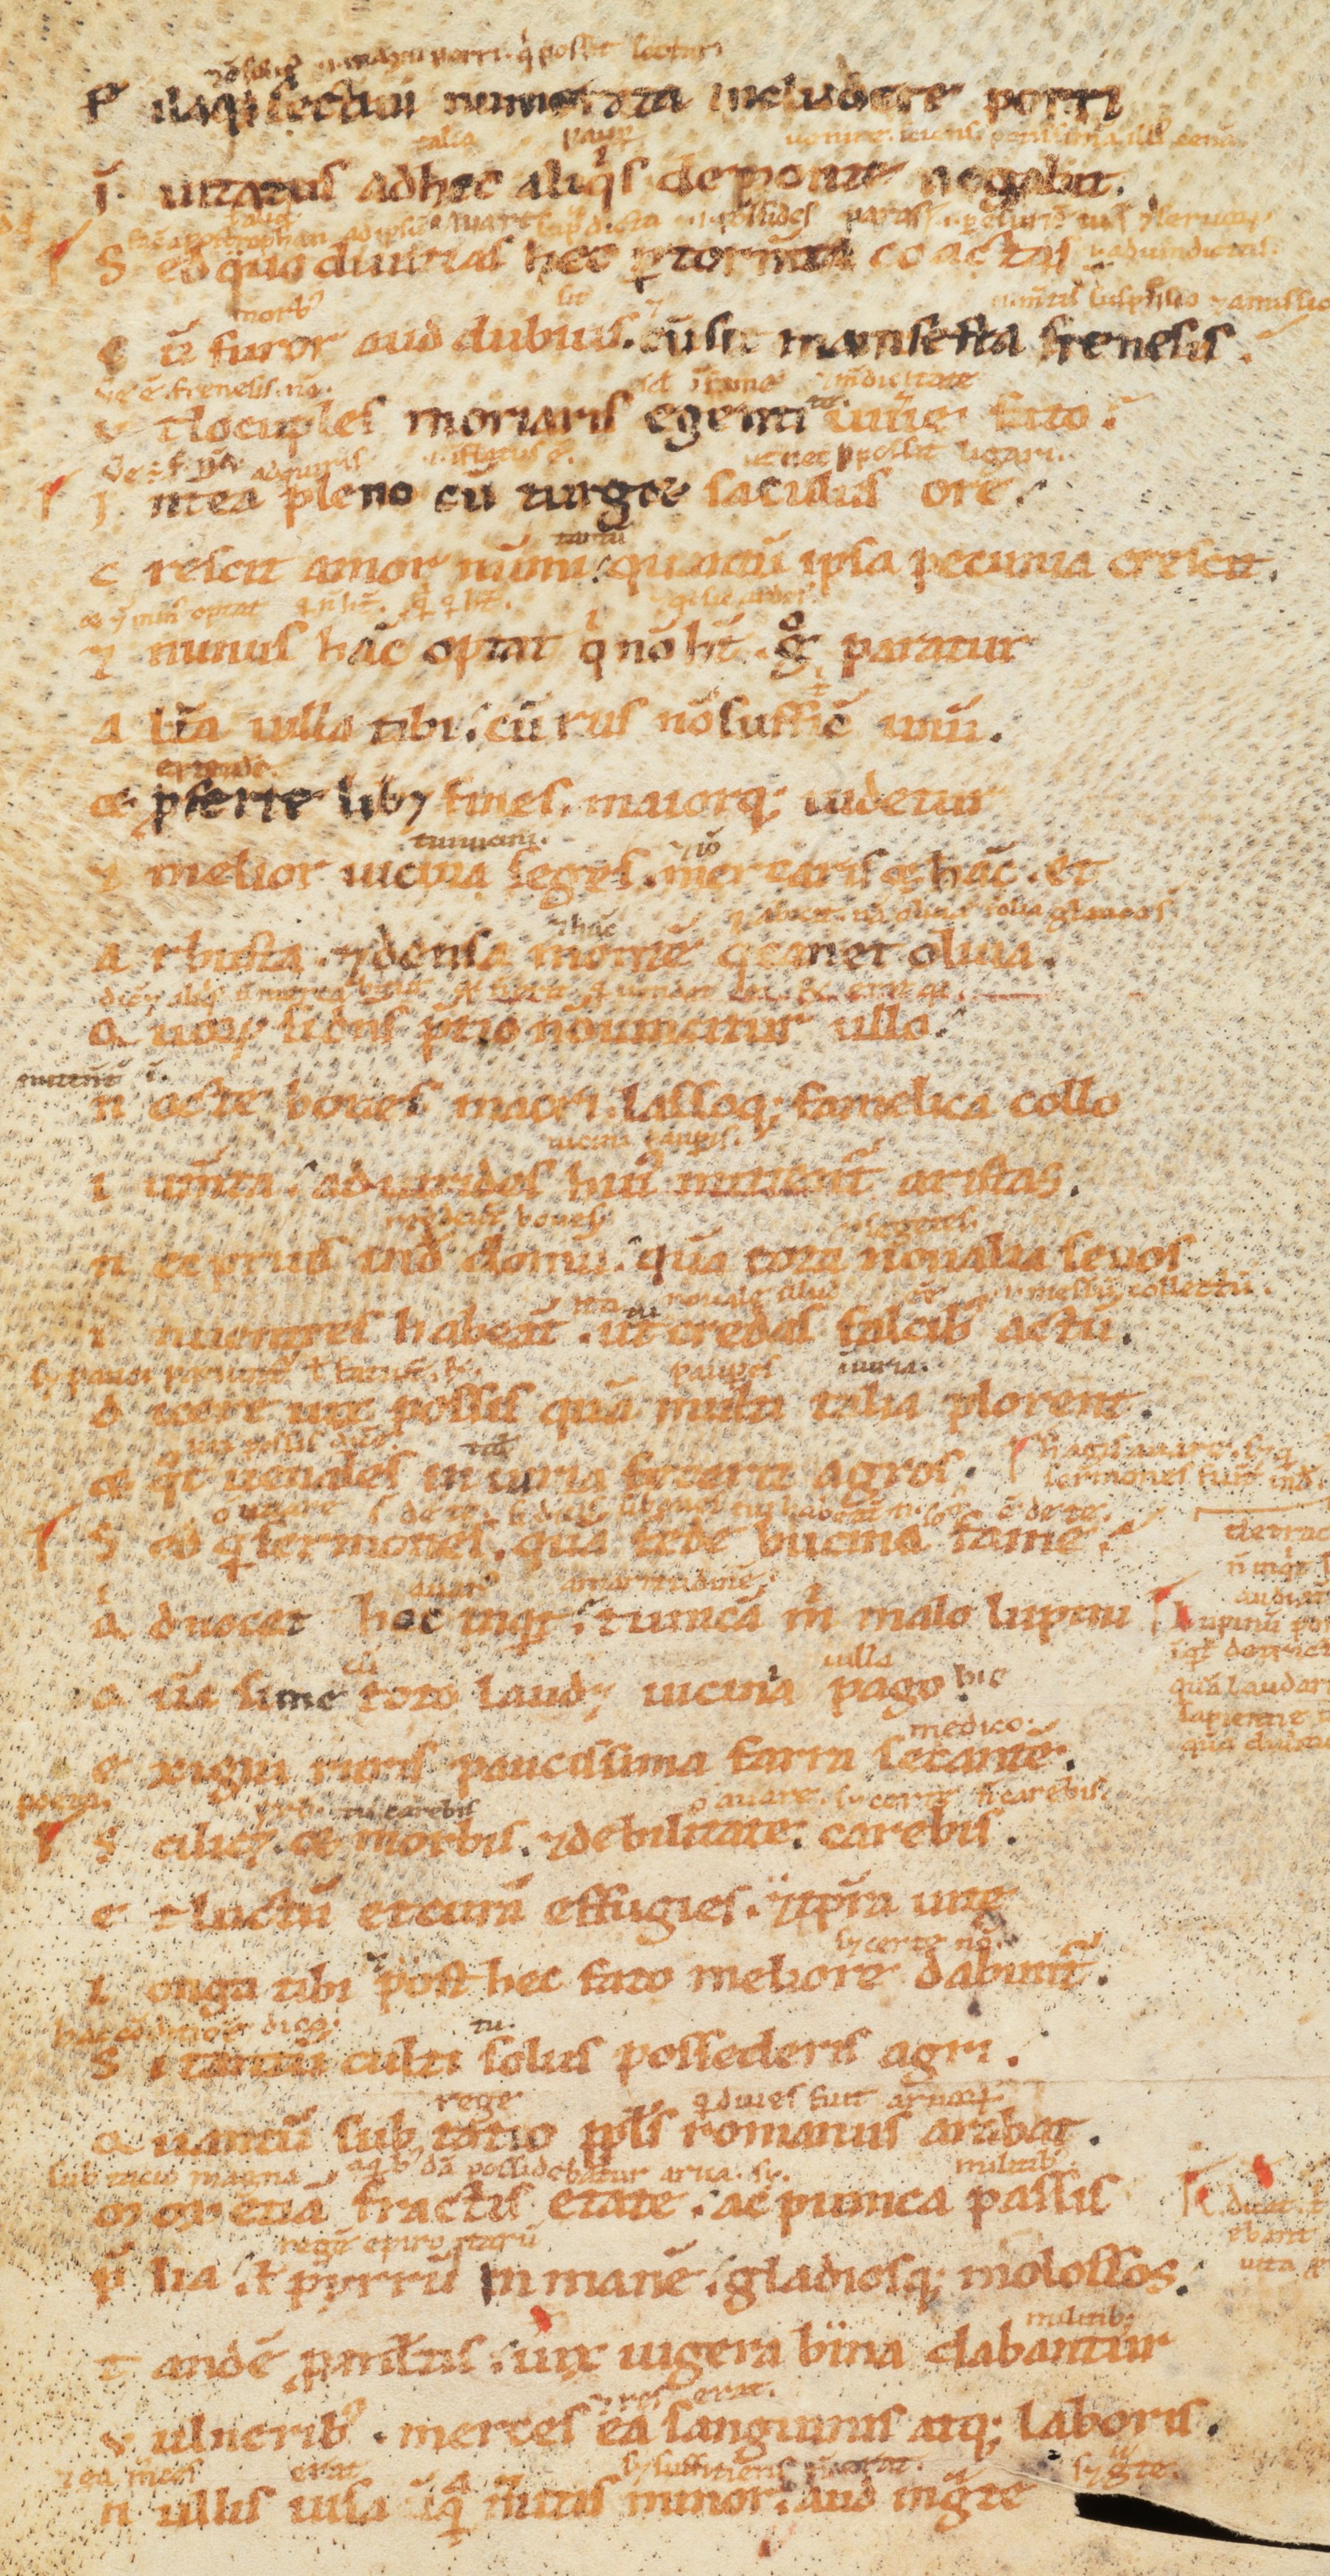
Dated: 1100–1199